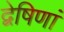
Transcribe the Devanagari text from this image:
द्वेषिणां